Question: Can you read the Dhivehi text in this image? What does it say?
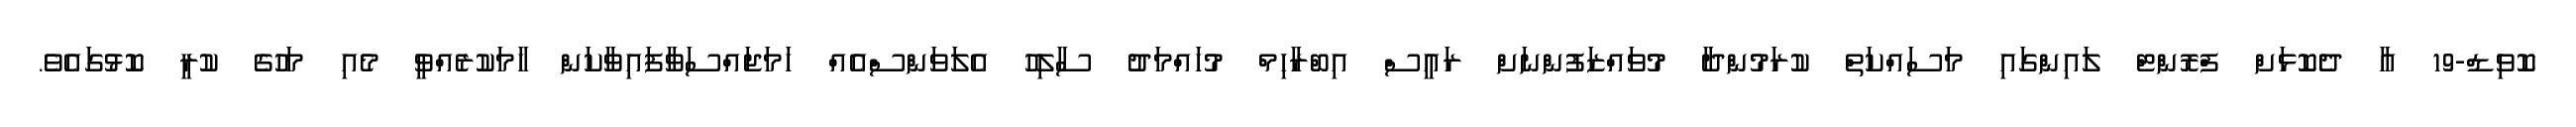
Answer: ކޮވިޑް-19 އާ ދެކޮޅަށް ފްރޮންޓް ލައިންގައި މަސައްކަތް ކުރަމުންދާ މުވައްޒަފުންނަށް ރައީސް އިބްރާހިމް މުހައްމަދު ސާލިހު އެލަވަންސްއެއް ހަމަޖައްސަވާފައިވާކަން ހާމަކުރެއްވީ މެއި މަހުގެ ކުރީ ކޮޅުގައެވެ.